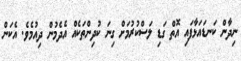
ނިދާން ކަނޑައަޅާފައި އޮތް ގަޑި ލަސްކުރުމަށް ގިނަ ކުދިންތަކެއް އެދެމުން ދިއުމެވެ. އެކަން